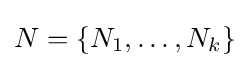
N=\{N_{1},\dots ,N_{k}\}